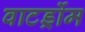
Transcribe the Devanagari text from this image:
वाटर्ड्रोम